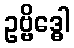
ဥဗ္ဗိဒ္ဓေါ